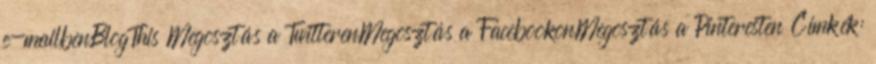
e-mailbenBlogThis Megosztás a TwitterenMegosztás a FacebookonMegosztás a Pinteresten Címkék: